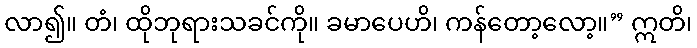
လာ၍။ တံ၊ ထိုဘုရားသခင်ကို။ ခမာပေဟိ၊ ကန်တော့လော့။” ဣတိ၊